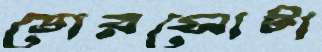
ডোরসোটা